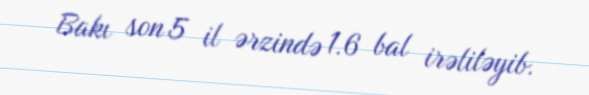
Bakı son 5 il ərzində 1.6 bal irəliləyib.